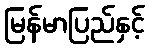
မြန်မာပြည်နှင့်